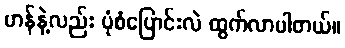
ဟန်နဲ့လည်း ပုံစံပြောင်းလဲ ထွက်လာပါတယ်။